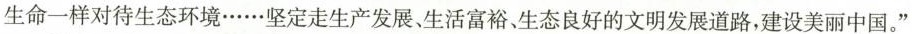
生态环境……坚定走生产发展、生活富裕，生态良好的文明发展道路，建设美丽中国。”